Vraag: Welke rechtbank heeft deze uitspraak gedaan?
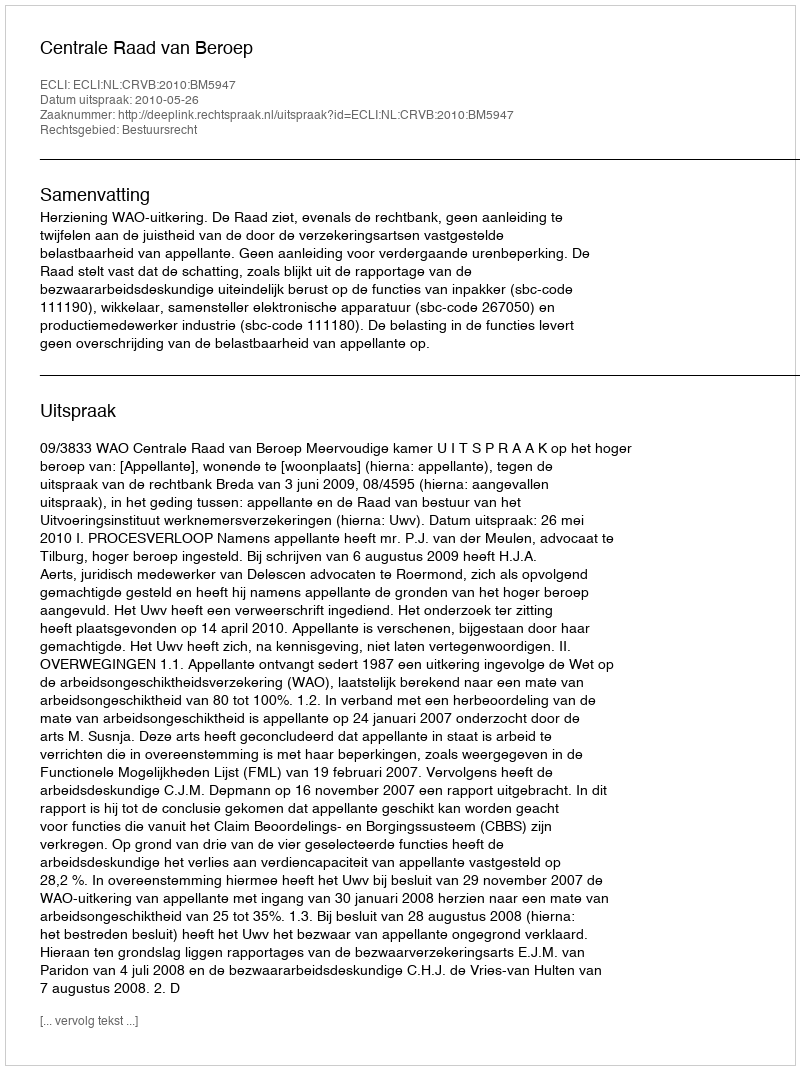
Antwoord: Centrale Raad van Beroep